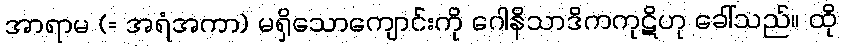
အာရာမ (= အရံအကာ) မရှိသောကျောင်းကို ဂေါနိသာဒိကကုဋိဟု ခေါ်သည်။ ထို